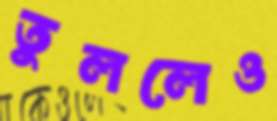
তুললেও